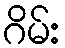
ဂိမ်း